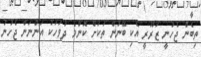
ތިބެން ޖެހުނީ ޒަރޫރީ އެކި ބޭނުން ތަކަށް ކޮންމެ ދުވަހަކު އަންނަން ޖެހުނު